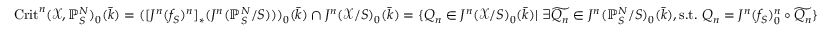
\mathrm { C r i t } ^ { n } ( \mathcal { X } , \mathbb { P } _ { S } ^ { N } ) _ { 0 } ( \bar { k } ) = ( [ J ^ { n } ( f _ { S } ) ^ { n } ] _ { * } ( J ^ { n } ( \mathbb { P } _ { S } ^ { N } / S ) ) ) _ { 0 } ( \bar { k } ) \cap J ^ { n } ( \mathcal { X } / S ) _ { 0 } ( \bar { k } ) = \{ Q _ { n } \in J ^ { n } ( \mathcal { X } / S ) _ { 0 } ( \bar { k } ) | \ \exists \widetilde { Q _ { n } } \in J ^ { n } ( \mathbb { P } _ { S } ^ { N } / S ) _ { 0 } ( \bar { k } ) , \mathrm { s . t . } \ Q _ { n } = J ^ { n } ( f _ { S } ) _ { 0 } ^ { n } \circ \widetilde { Q _ { n } } \}